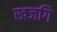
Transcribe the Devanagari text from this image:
खजगि